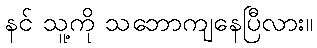
နင် သူ့ကို သဘောကျနေပြီလား။